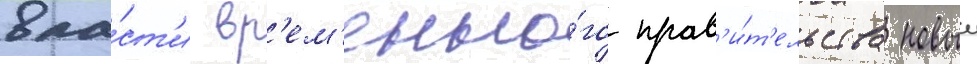
вла́ст'и вр'ем'енно́го прав'и́т'ельства новыи